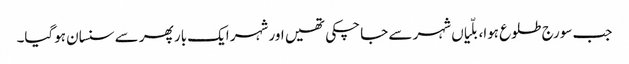
جب سورج طلوع ہوا، بلّیاں شہر سے جا چکی تھیں اور شہر ایک بار پھر سے سنسان ہوگیا۔